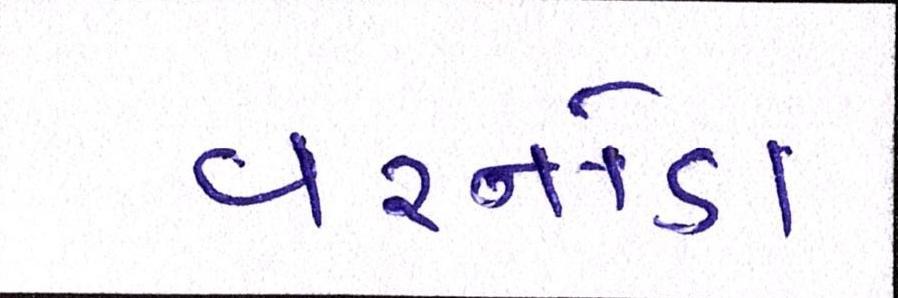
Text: વરનોડા